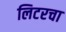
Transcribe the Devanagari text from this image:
लिटरचा